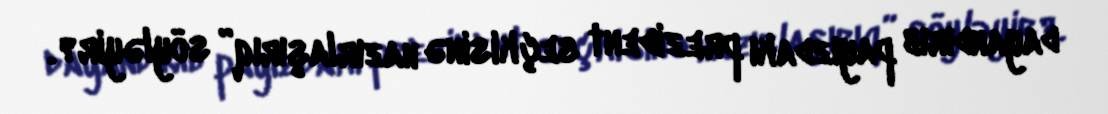
dayandırıb payızdakı prezident seçkisinə hazırlaşırıq” söyləyir?.